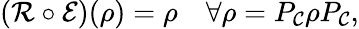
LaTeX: ({\mathcal{R}}\circ{\mathcal{E}})(\rho)=\rho\quad\forall\rho=P_{\mathcal{C}}\rho P_{\mathcal{C}},